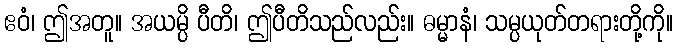
ဧဝံ၊ ဤအတူ။ အယမ္ပိ ပီတိ၊ ဤပီတိသည်လည်း။ ဓမ္မာနံ၊ သမ္ပယုတ်တရားတို့ကို။